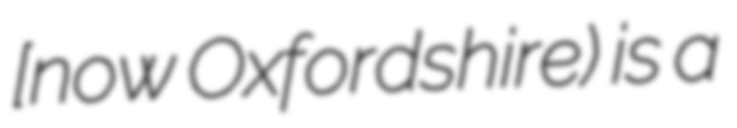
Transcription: [now Oxfordshire) is a